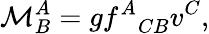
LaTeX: \mathcal{M}_{B}^{A}=g{f^{A}}_{CB}v^{C},